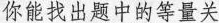
你能找出题中的等量关